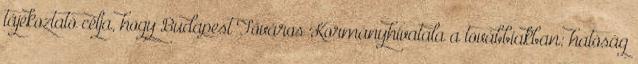
tájékoztató célja, hogy Budapest Főváros Kormányhivatala a továbbiakban: hatóság